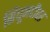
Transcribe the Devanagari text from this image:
सिंधूनदीवर